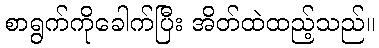
စာရွက်ကိုခေါက်ပြီး အိတ်ထဲထည့်သည်။